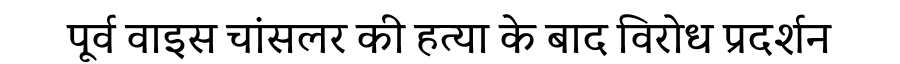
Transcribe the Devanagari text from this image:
पूर्व वाइस चांसलर की हत्या के बाद विरोध प्रदर्शन